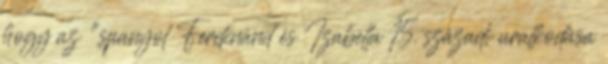
hogy az "spanyol Ferdinánd és Izabella 15. századi uralkodása